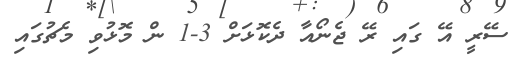
ސޭރީ އޭ ގައި ރޭ ޖެނޯއާ ދެކޮޅަށް 3-1 ން މޮޅުވި މެޗުގައި